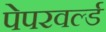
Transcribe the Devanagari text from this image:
पेपरवर्ल्ड